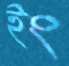
ইং